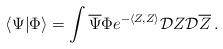
LaTeX: \begin{align*}\langle\Psi |\Phi\rangle =\int {\overline\Psi}\Phi e^{-\langle Z,Z\rangle}{\cal D}Z{\cal D}{\overline Z}\, .\end{align*}